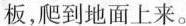
板，爬到地面上来。